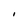
Character: I